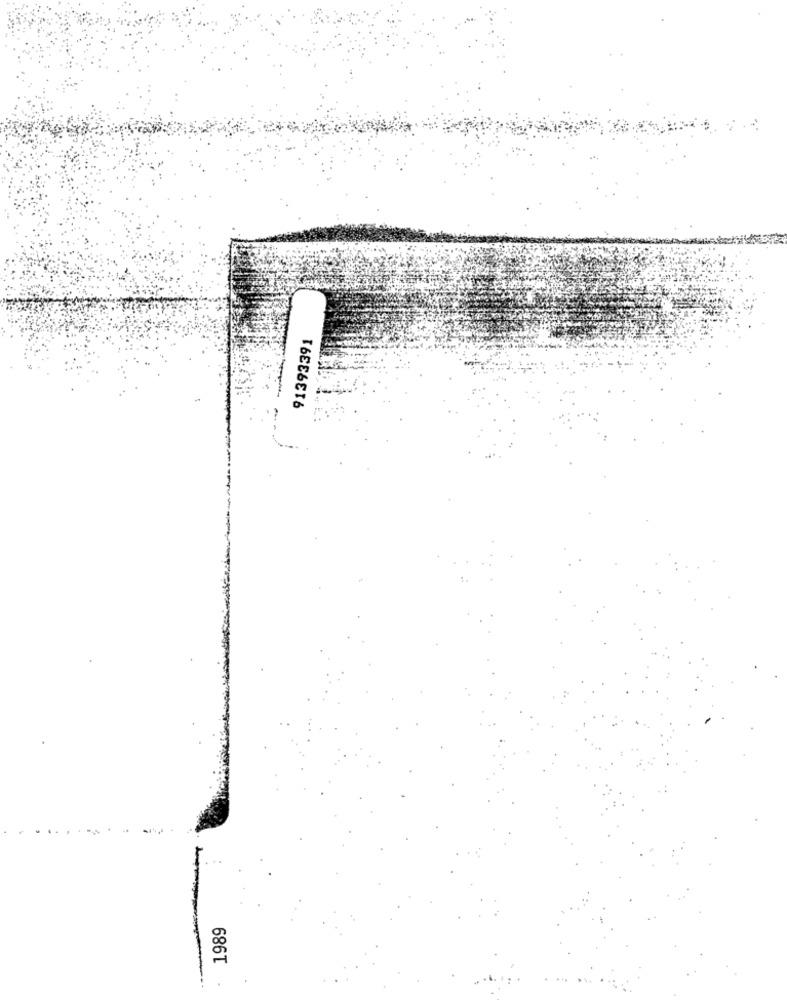
91393391
1989